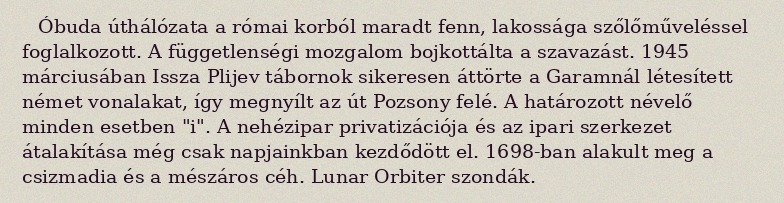
Óbuda úthálózata a római korból maradt fenn, lakossága szőlőműveléssel foglalkozott. A függetlenségi mozgalom bojkottálta a szavazást. 1945 márciusában Issza Plijev tábornok sikeresen áttörte a Garamnál létesített német vonalakat, így megnyílt az út Pozsony felé. A határozott névelő minden esetben "i". A nehézipar privatizációja és az ipari szerkezet átalakítása még csak napjainkban kezdődött el. 1698-ban alakult meg a csizmadia és a mészáros céh. Lunar Orbiter szondák.